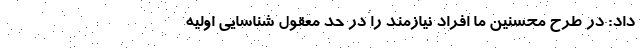
داد: در طرح محسنین ما افراد نیازمند را در حد معقول شناسایی اولیه